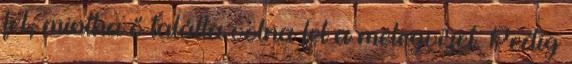
fel, mintha ő találta volna fel a melegvizet. Pe­dig